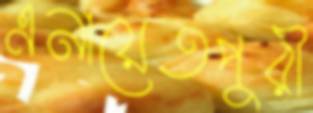
এনায়েতপুরী